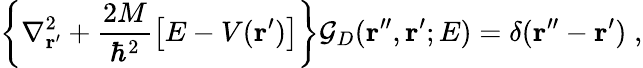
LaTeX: \left\{ \nabla_{\mathbf r^{\prime}}^{2}+\frac{2M}{\hbar^{2}}\left[E-V({\mathbf r^{\prime}})\right]\right\} {\mathcal G}_{D}({\mathbf r^{\prime\prime}},{\mathbf r^{\prime}};E)=\delta({\mathbf r^{\prime\prime}}-{\mathbf r^{\prime}})\; ,